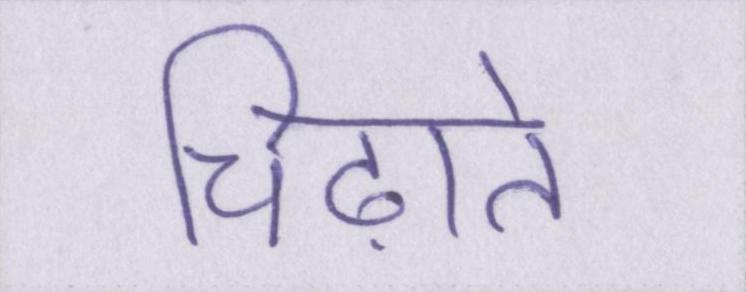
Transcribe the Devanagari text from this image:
चिढ़ाते